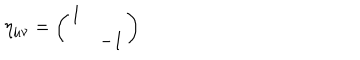
LaTeX: \eta _ { \mu \nu } = \left( \begin{array} { c c } { { 1 } } & { { } } \\ { { } } & { { - 1 } } \\ \end{array} \right)